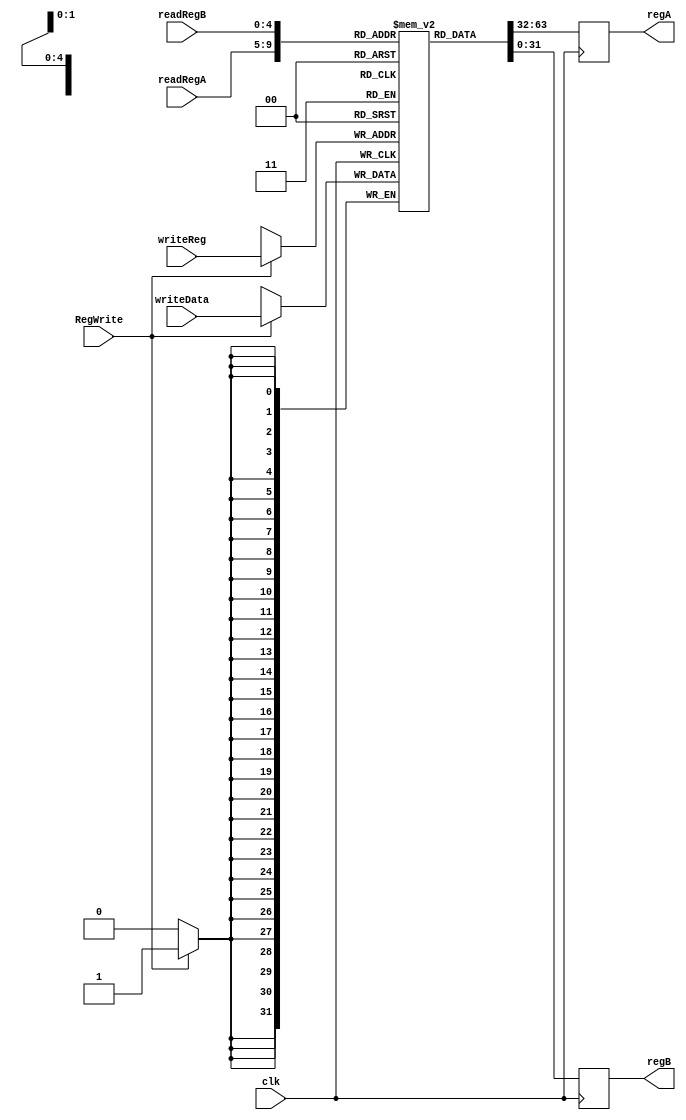
`timescale 1ns / 1ps
module RegFile (
    output reg [31:0] regA,regB , input [4:0] readRegA, readRegB, writeReg, input [31:0] writeData, input RegWrite , input clk
    );

    reg [31:0] regFile [31:0];

    //intialize the register file
    initial begin
        regFile[1] = 32'h0;
        regFile[2] = 25;
        regFile[3] = 40;
        regFile[5] = 32'h1A3BEE22;
    end

    always @(posedge clk) begin
        if (RegWrite) begin
            regFile[writeReg] <= writeData;
        end
    end

    always @(negedge clk) begin
            regA <= regFile[readRegA];
            regB <= regFile[readRegB];
    end
    
endmodule